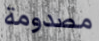
مصدومة